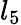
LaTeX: l_{5}